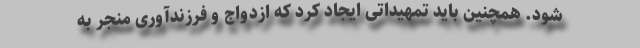
شود. همچنین باید تمهیداتی ایجاد کرد که ازدواج و فرزندآوری منجر به